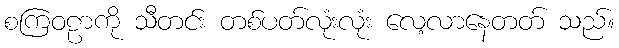
စကြဝဠာကို သီတင်း တစ်ပတ်လုံးလုံး လေ့လာနေတတ် သည်။